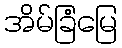
အိမ်ခြံမြေ